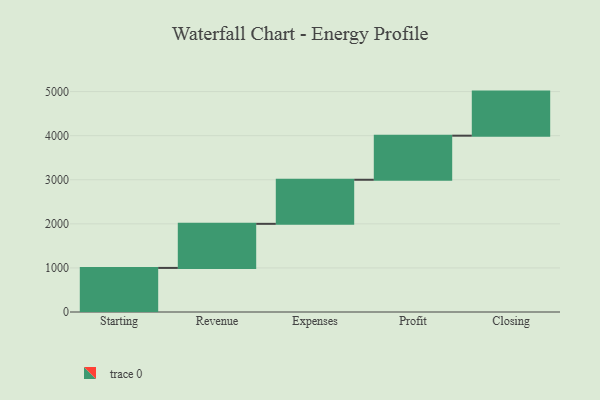
{"axis": {"x": "Step", "y": "Value"}, "legend": [""], "data": [{"x": "Starting", "y": 1000, "type": ""}, {"x": "Revenue", "y": 1000, "type": ""}, {"x": "Expenses", "y": 1000, "type": ""}, {"x": "Profit", "y": 1000, "type": ""}, {"x": "Closing", "y": 1000, "type": ""}]}